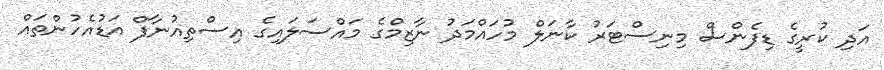
އަދި ކުރީގެ ޑިފެންސް މިނިސްޓަރު ކާނަލް މުހައްމަދު ނާޒިމްގެ މައްސަލައިގެ އިސްތިއުނާފް އަޑުއެހުންތައް